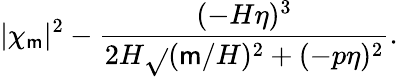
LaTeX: |\chi_{\mathsf{m}}|^{2}-\frac{{(-H\eta)^{3}}}{{2H\sqrt{}{{(\mathsf{m}/H)^{2}+(-p\eta)^{2}}}}}.